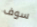
سوف